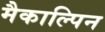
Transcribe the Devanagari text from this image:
मैकाल्पिन